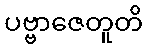
ပဗ္ဗာဇေတူတိ